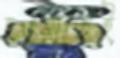
হওয়াতেই